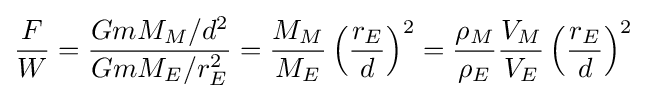
{\frac {F}{W}}={\frac {GmM_{M}/d^{2}}{GmM_{E}/r_{E}^{2}}}={\frac {M_{M}}{M_{E}}}\left({\frac {r_{E}}{d}}\right)^{2}={\frac {\rho _{M}}{\rho _{E}}}{\frac {V_{M}}{V_{E}}}\left({\frac {r_{E}}{d}}\right)^{2}